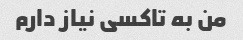
من به تاکسی نیاز دارم